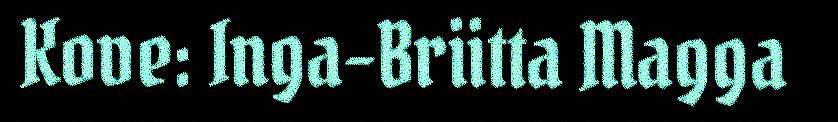
Kove: Inga-Briitta Magga